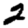
Digit: 2